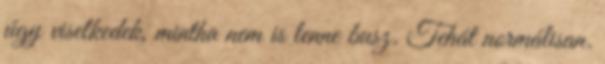
úgy viselkedek, mintha nem is lenne busz. Tehát normálisan.